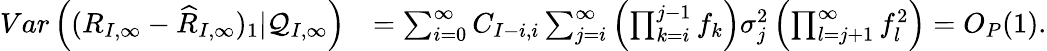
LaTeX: \begin{array}{rl}{Var\left((R_{I,\infty}-\widehat{R}_{I,\infty})_{1}|\mathcal{Q}_{I,\infty}\right)}&{=\sum_{i=0}^{\infty}C_{I-i,i}\sum_{j=i}^{\infty}\left(\prod_{k=i}^{j-1}f_{k}\right)\sigma_{j}^{2}\left(\prod_{l=j+1}^{\infty}f_{l}^{2}\right)=O_{P}(1).}\end{array}